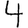
Digit: 4